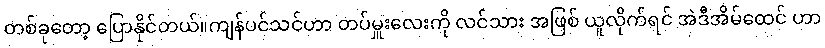
တစ်ခုတော့ ပြောနိုင်တယ်။ကျန်ပင်သင်ဟာ တပ်မှူးလေးကို လင်သား အဖြစ် ယူလိုက်ရင် အဲဒီအိမ်ထေင် ဟာ